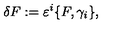
\delta F : = \varepsilon ^ { i } \{ F , \gamma _ { i } \} ,